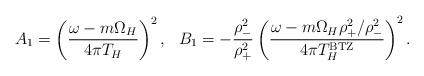
LaTeX: \begin{align*}A_1 =\left ( {{\omega - m \Omega_H} \over 4 \pi T_H} \right )^2,~~B_1 = - {\rho_-^2 \over \rho_+^2}\left ({{\omega - m \Omega_H \rho_+^2 / \rho_-^2} \over4 \pi T_H^{\rm BTZ}} \right )^2.\end{align*}